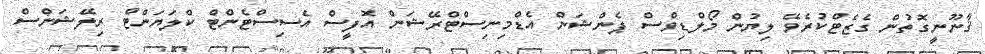
ޤާނޫނީގޮތުން ގެޒެޓްކުރެވޭ ލިޔުން މޯލްޑިވްސް ޕެންޝަން އެޑްމިނިސްޓްރޭޝަން އޮފީސް އެސިސްޓެންޓް ކްލަޔަންޓް ރިލޭޝަންސް